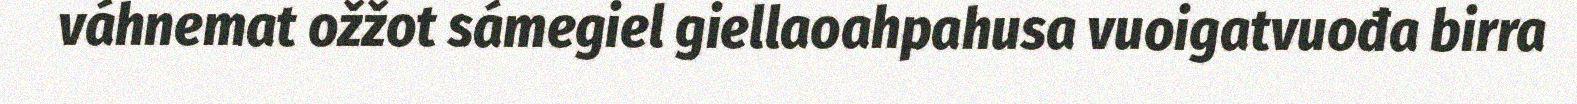
váhnemat ožžot sámegiel giellaoahpahusa vuoigatvuođa birra